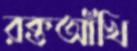
রক্তআঁখি